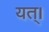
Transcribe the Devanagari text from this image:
यत्।